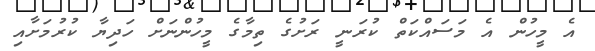
އެ މީހުން އެ މަސައްކަތް ކުރަނީ ރަށުގެ ތިމާގެ މީހުންނަށް ހަދިޔާ ކުރުމަށާއި